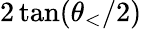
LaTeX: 2\tan(\theta_{<}/2)